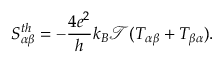
{ S _ { \alpha \beta } ^ { t h } = - \frac { 4 e ^ { 2 } } { h } k _ { B } \mathcal { T } ( T _ { \alpha \beta } + T _ { \beta \alpha } ) } .